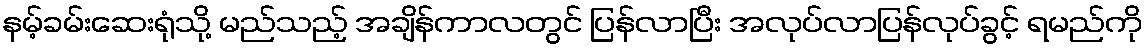
နမ့်ခမ်းဆေးရုံသို့ မည်သည့် အချိန်ကာလတွင် ပြန်လာပြီး အလုပ်လာပြန်လုပ်ခွင့် ရမည်ကို